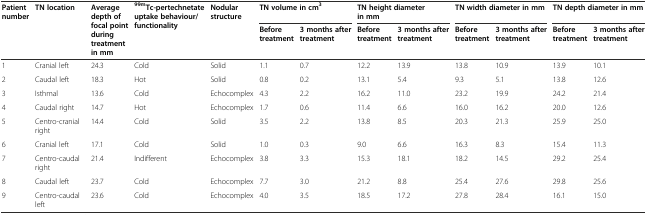
<table><thead><tr><td rowspan="2"><b>Patient number</b></td><td rowspan="2"><b>TN location</b></td><td rowspan="2"><b>Average depth of focal point during treatment in mm</b></td><td rowspan="2"><b><sup>99m</sup>Tc-pertechnetate uptake behaviour/functionality</b></td><td rowspan="2"><b>Nodular structure</b></td><td colspan="2"><b>TN volume in cm<sup>3</sup></b></td><td colspan="2"><b>TN height diameter in mm</b></td><td colspan="2"><b>TN width diameter in mm</b></td><td colspan="2"><b>TN depth diameter in mm</b></td></tr><tr><td><b>Before treatment</b></td><td><b>3 months after treatment</b></td><td><b>Before treatment</b></td><td><b>3 months after treatment</b></td><td><b>Before treatment</b></td><td><b>3 months after treatment</b></td><td><b>Before treatment</b></td><td><b>3 months after treatment</b></td></tr></thead><tbody><tr><td>1</td><td>Cranial left</td><td>24.3</td><td>Cold</td><td>Solid</td><td>1.1</td><td>0.7</td><td>12.2</td><td>13.9</td><td>13.8</td><td>10.9</td><td>13.9</td><td>10.1</td></tr><tr><td>2</td><td>Caudal left</td><td>18.3</td><td>Hot</td><td>Solid</td><td>0.8</td><td>0.2</td><td>13.1</td><td>5.4</td><td>9.3</td><td>5.1</td><td>13.8</td><td>12.6</td></tr><tr><td>3</td><td>Isthmal</td><td>13.6</td><td>Cold</td><td>Echocomplex</td><td>4.3</td><td>2.2</td><td>16.2</td><td>11.0</td><td>23.2</td><td>19.9</td><td>24.2</td><td>21.4</td></tr><tr><td>4</td><td>Caudal right</td><td>14.7</td><td>Hot</td><td>Echocomplex</td><td>1.7</td><td>0.6</td><td>11.4</td><td>6.6</td><td>16.0</td><td>16.2</td><td>20.0</td><td>12.6</td></tr><tr><td>5</td><td>Centro-cranial right</td><td>14.4</td><td>Cold</td><td>Solid</td><td>3.5</td><td>2.2</td><td>13.8</td><td>8.5</td><td>20.3</td><td>21.3</td><td>25.9</td><td>25.0</td></tr><tr><td>6</td><td>Cranial left</td><td>17.1</td><td>Cold</td><td>Solid</td><td>1.0</td><td>0.3</td><td>9.0</td><td>6.6</td><td>16.3</td><td>8.3</td><td>15.4</td><td>11.3</td></tr><tr><td>7</td><td>Centro-caudal right</td><td>21.4</td><td>Indifferent</td><td>Echocomplex</td><td>3.8</td><td>3.3</td><td>15.3</td><td>18.1</td><td>18.2</td><td>14.5</td><td>29.2</td><td>25.4</td></tr><tr><td>8</td><td>Caudal left</td><td>23.7</td><td>Cold</td><td>Echocomplex</td><td>7.7</td><td>3.0</td><td>21.2</td><td>8.8</td><td>25.4</td><td>27.6</td><td>29.8</td><td>25.6</td></tr><tr><td>9</td><td>Centro-caudal left</td><td>23.6</td><td>Cold</td><td>Echocomplex</td><td>4.0</td><td>3.5</td><td>18.5</td><td>17.2</td><td>27.8</td><td>28.4</td><td>16.1</td><td>15.0</td></tr></tbody></table>